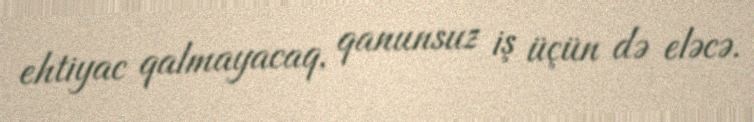
ehtiyac qalmayacaq, qanunsuz iş üçün də eləcə.